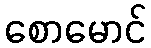
စောမောင်